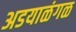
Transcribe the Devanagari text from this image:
अडयाळंगळ